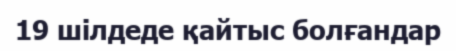
19 шілдеде қайтыс болғандар